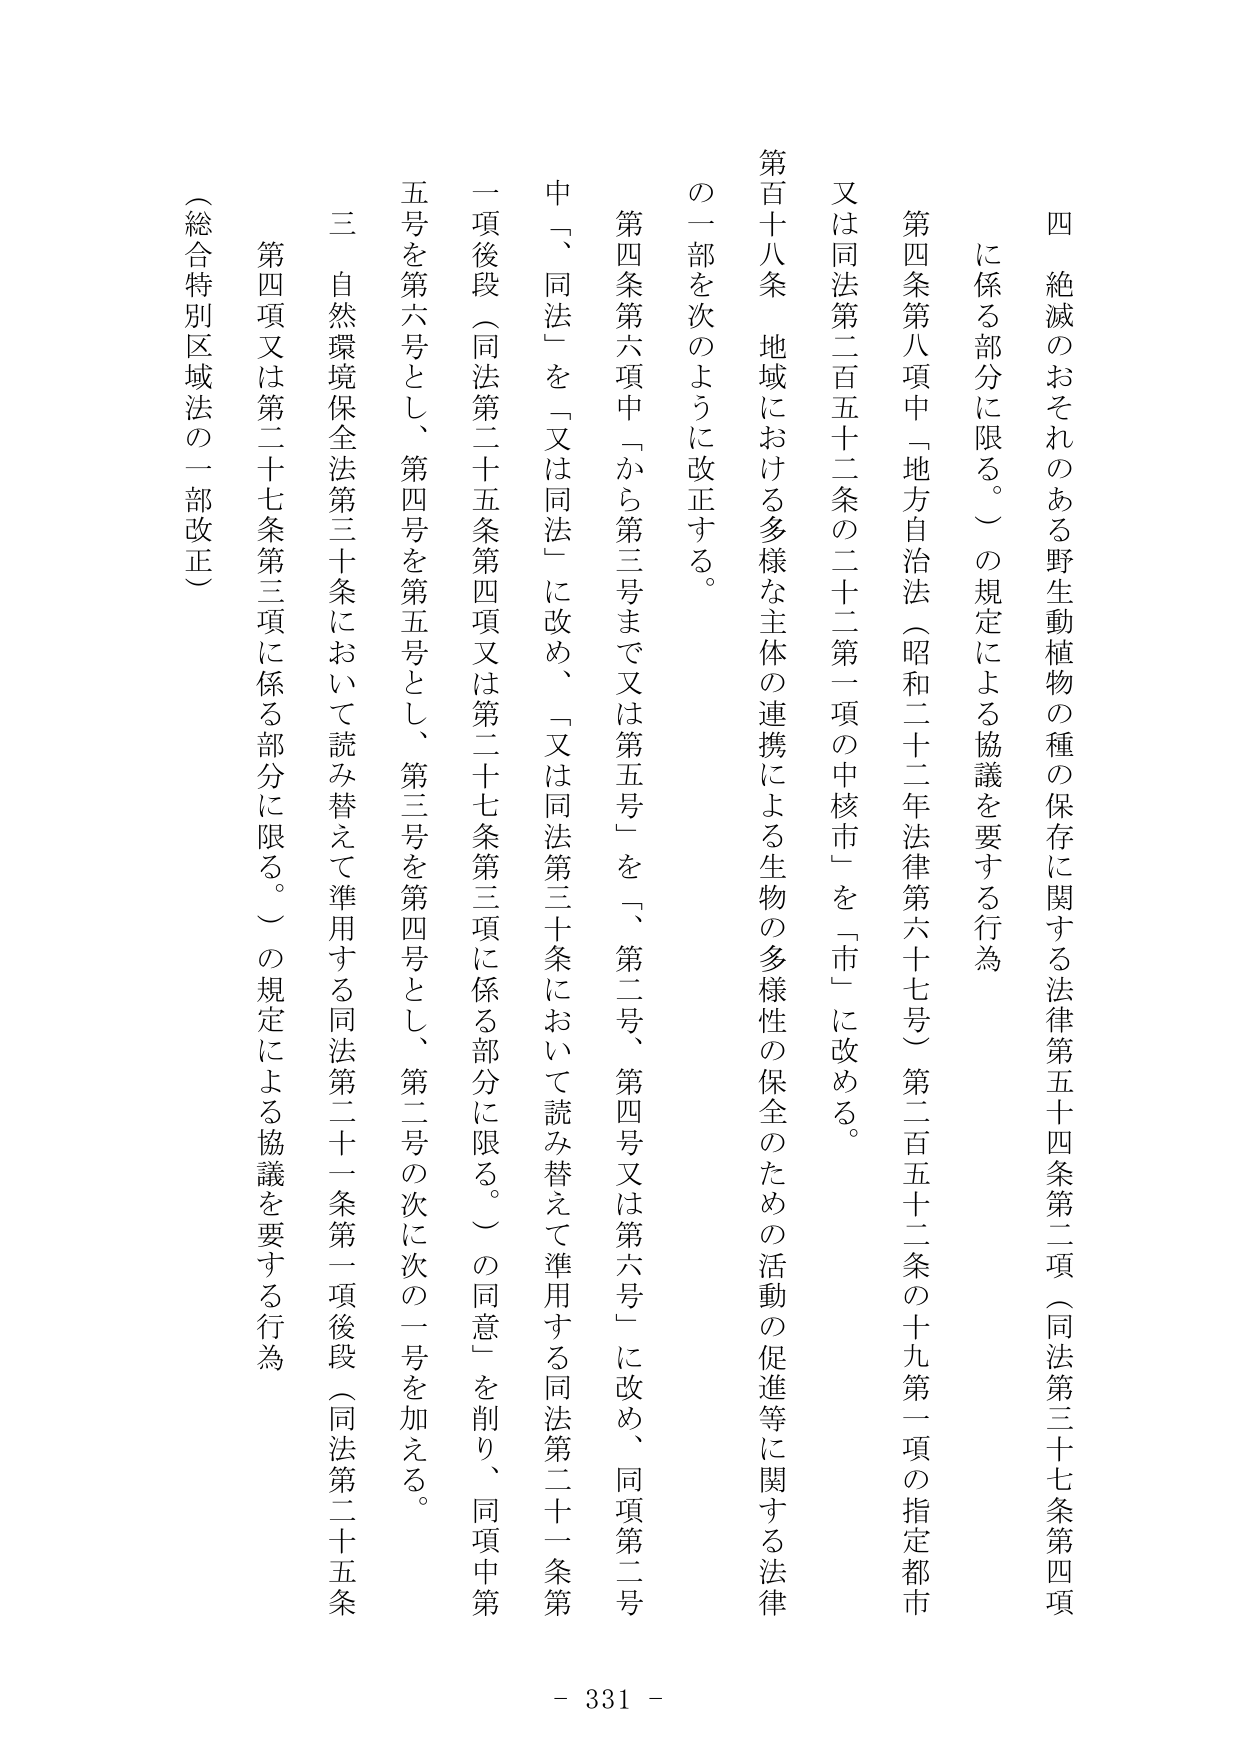
四　絶滅のおそれのある野生動植物の種の保存に関する法律第五十四条第二項（同法第三十七条第四項に係る部分に限る。）の規定による協議を要する行為

第四条第八項中「地方自治法（昭和二十二年法律第六十七号）第二百五十二条の十九第一項の指定都市又は同法第二百五十二条の二十二第一項の中核市」を「市」に改める。

第百十八条　地域における多様な主体の連携による生物の多様性の保全のための活動の促進等に関する法律の一部を次のように改正する。

第四条第六項中「から第三号まで又は第五号」を「第二号、第四号又は第六号」に改め、同項第二号中「、同法」を「又は同法」に改め、「又は同法第三十条において読み替えて準用する同法第二十一条第一項後段（同法第二十五条第四項又は第二十七条第三項に係る部分に限る。）の同意」を削り、同項中第五号を第六号とし、第四号を第五号とし、第三号を第四号とし、第二号の次に次の一号を加える。

三　自然環境保全法第三十条において読み替えて準用する同法第二十一条第一項後段（同法第二十五条第四項又は第二十七条第三項に係る部分に限る。）の規定による協議を要する行為

（総合特別区域法の一部改正）

- 331 -